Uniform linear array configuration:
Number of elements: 64
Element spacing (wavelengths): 0.5
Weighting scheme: hamming
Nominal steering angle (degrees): -60
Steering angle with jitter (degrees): -60.984
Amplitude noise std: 0.05
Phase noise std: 0.05

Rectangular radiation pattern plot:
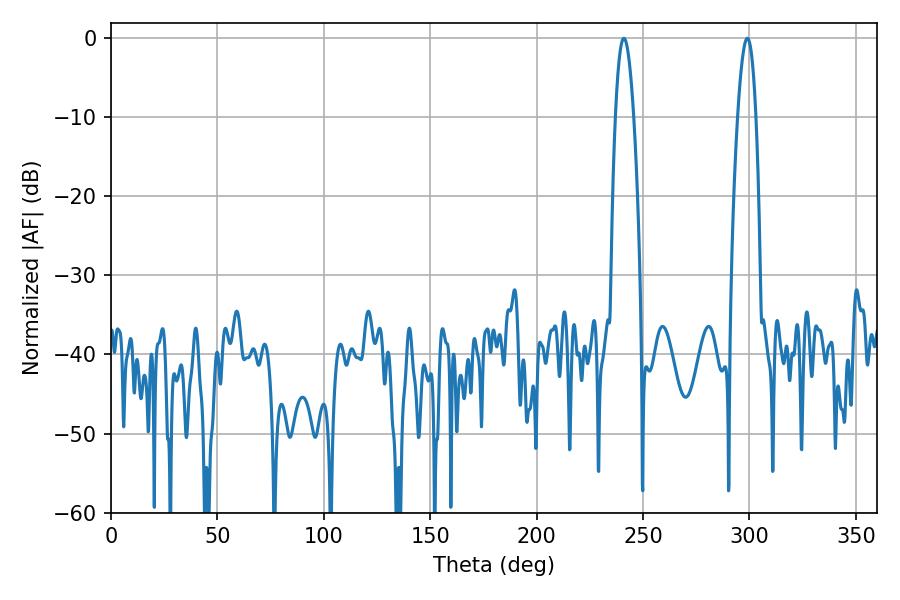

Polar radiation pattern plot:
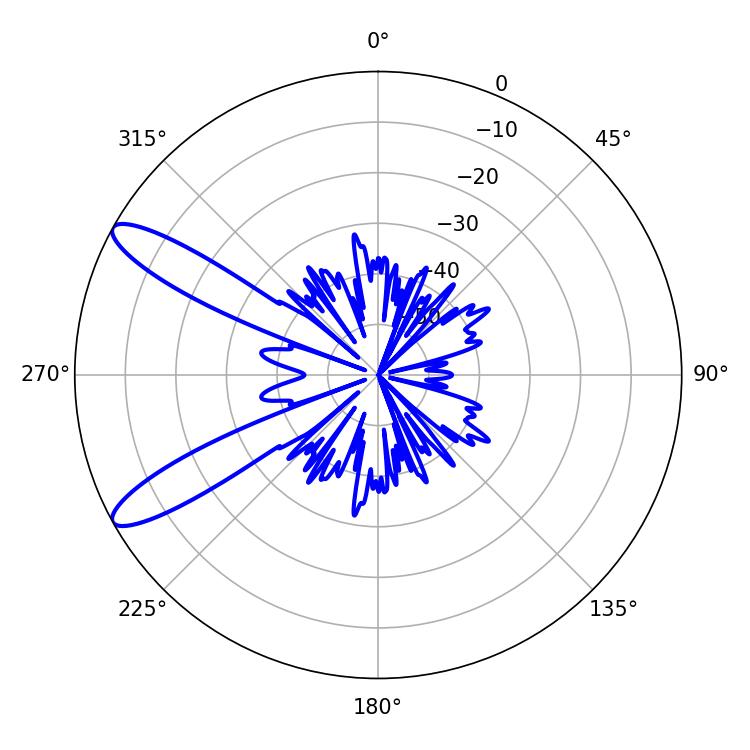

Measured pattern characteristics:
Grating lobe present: FALSE
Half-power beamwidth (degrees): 4.68
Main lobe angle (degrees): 241.02